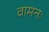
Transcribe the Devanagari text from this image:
वामनः